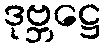
ဒုဗ္ဘဋ္ဌေ